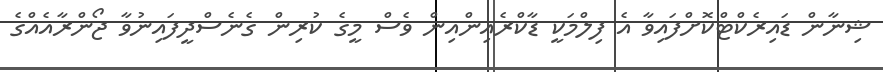
ޝިނާން ޑައިރެކްޓްކޮށްފައިވާ އެ ފިލްމަކީ ޑާކްރެއިންއިން ވެސް މީގެ ކުރިން ގެނެސްދީފައިނުވާ ޖޯންރާއެއްގެ